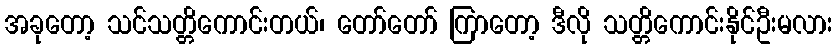
အခုတော့ သင်သတ္တိကောင်းတယ်၊ တော်တော် ကြာတော့ ဒီလို သတ္တိကောင်းနိုင်ဦးမလား